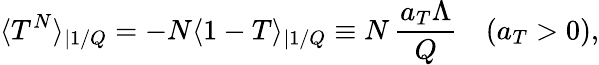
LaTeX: \langle T^{N}\rangle_{|1/Q}=-N\langle 1-T\rangle_{|1/Q}\equiv N\, \frac{a_{T}\Lambda}{Q}\quad(a_{T}>0),